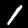
Label: 1